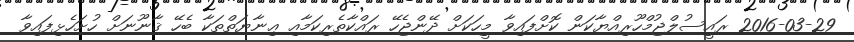
2016-03-29 ރައީސުލްޖުމްހޫރިއްޔާކަން ކޮށްފައިވާ މީހަކަށް ދޭންޖެހޭ ރައްކާތެރިކަމާއި ޢިނާޔަތްތަކާ ބެހޭ ޤާނޫނަށް ހުށަހެޅިފައިވާ